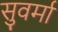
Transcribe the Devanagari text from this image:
सुवर्मा